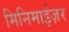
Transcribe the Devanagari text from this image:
मिनिमाईज़र